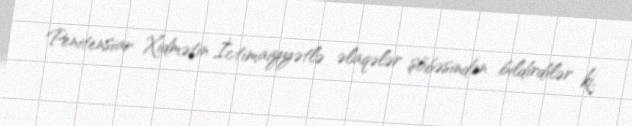
Penitensiar Xidmətin İctimaiyyətlə əlaqələr şöbəsindən bildirdilər ki,